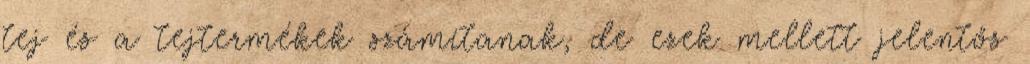
tej és a tejtermékek számítanak, de ezek mellett jelentős